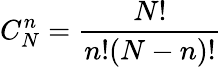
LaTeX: C_{N}^{n}=\frac{N!}{n!(N-n)!}